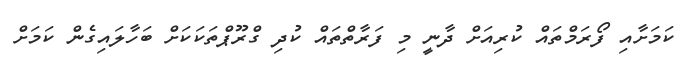
ކަމަށާއި ފޯރަމްތައް ކުރިއަށް ދާނީ މި ފަރާތްތައް ކުދި ގްރޫޕްތަކަކަށް ބަހާލައިގެން ކަމަށް